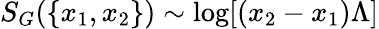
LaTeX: S_{G}(\{ x_{1},x_{2}\} )\sim\mathrm{log}[(x_{2}-x_{1})\Lambda]